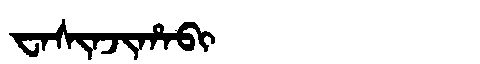
Manchu: ᠸᠠᠰᡳᠨᠵᡳᡥᠠᠪᡳ
Romanization: WASINJIHABI